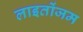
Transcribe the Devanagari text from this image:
लाइतोंजम